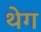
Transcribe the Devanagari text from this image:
थेग